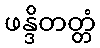
ဖန္ဒိတတ္တံ